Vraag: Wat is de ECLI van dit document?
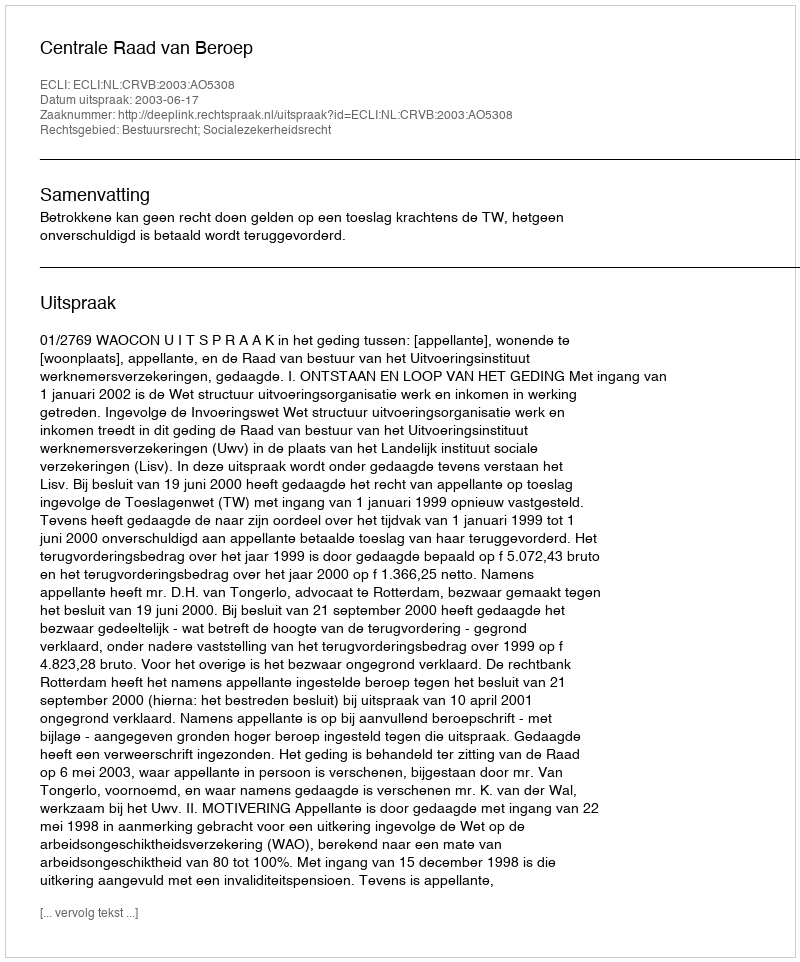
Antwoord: ECLI:NL:CRVB:2003:AO5308